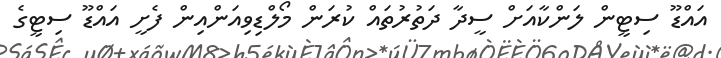
އައްޑޫ ސިޓީން ލަންކާއަށް ސީދާ ދަތުރުތައް ކުރަން މޯލްޑިވިއަންއިން ފެށީ އައްޑޫ ސިޓީގެ